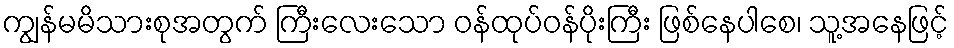
ကျွန်မမိသားစုအတွက် ကြီးလေးသော ဝန်ထုပ်ဝန်ပိုးကြီး ဖြစ်နေပါစေ၊ သူ့အနေဖြင့်